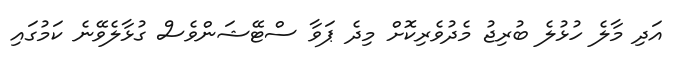
އަދި މާލެ ހުޅުލެ ބުރިޖު މެދުވެރިކޮށް މިދެ ޕަވާ ސްޓޭޝަންވެސް ގުޅާލެވޭނެ ކަމުގައި